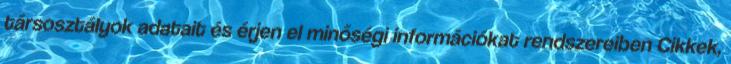
társosztályok adatait és érjen el minőségi információkat rendszereiben Cikkek,